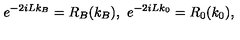
e ^ { - 2 i L k _ { B } } = R _ { B } ( k _ { B } ) , \ e ^ { - 2 i L k _ { 0 } } = R _ { 0 } ( k _ { 0 } ) ,